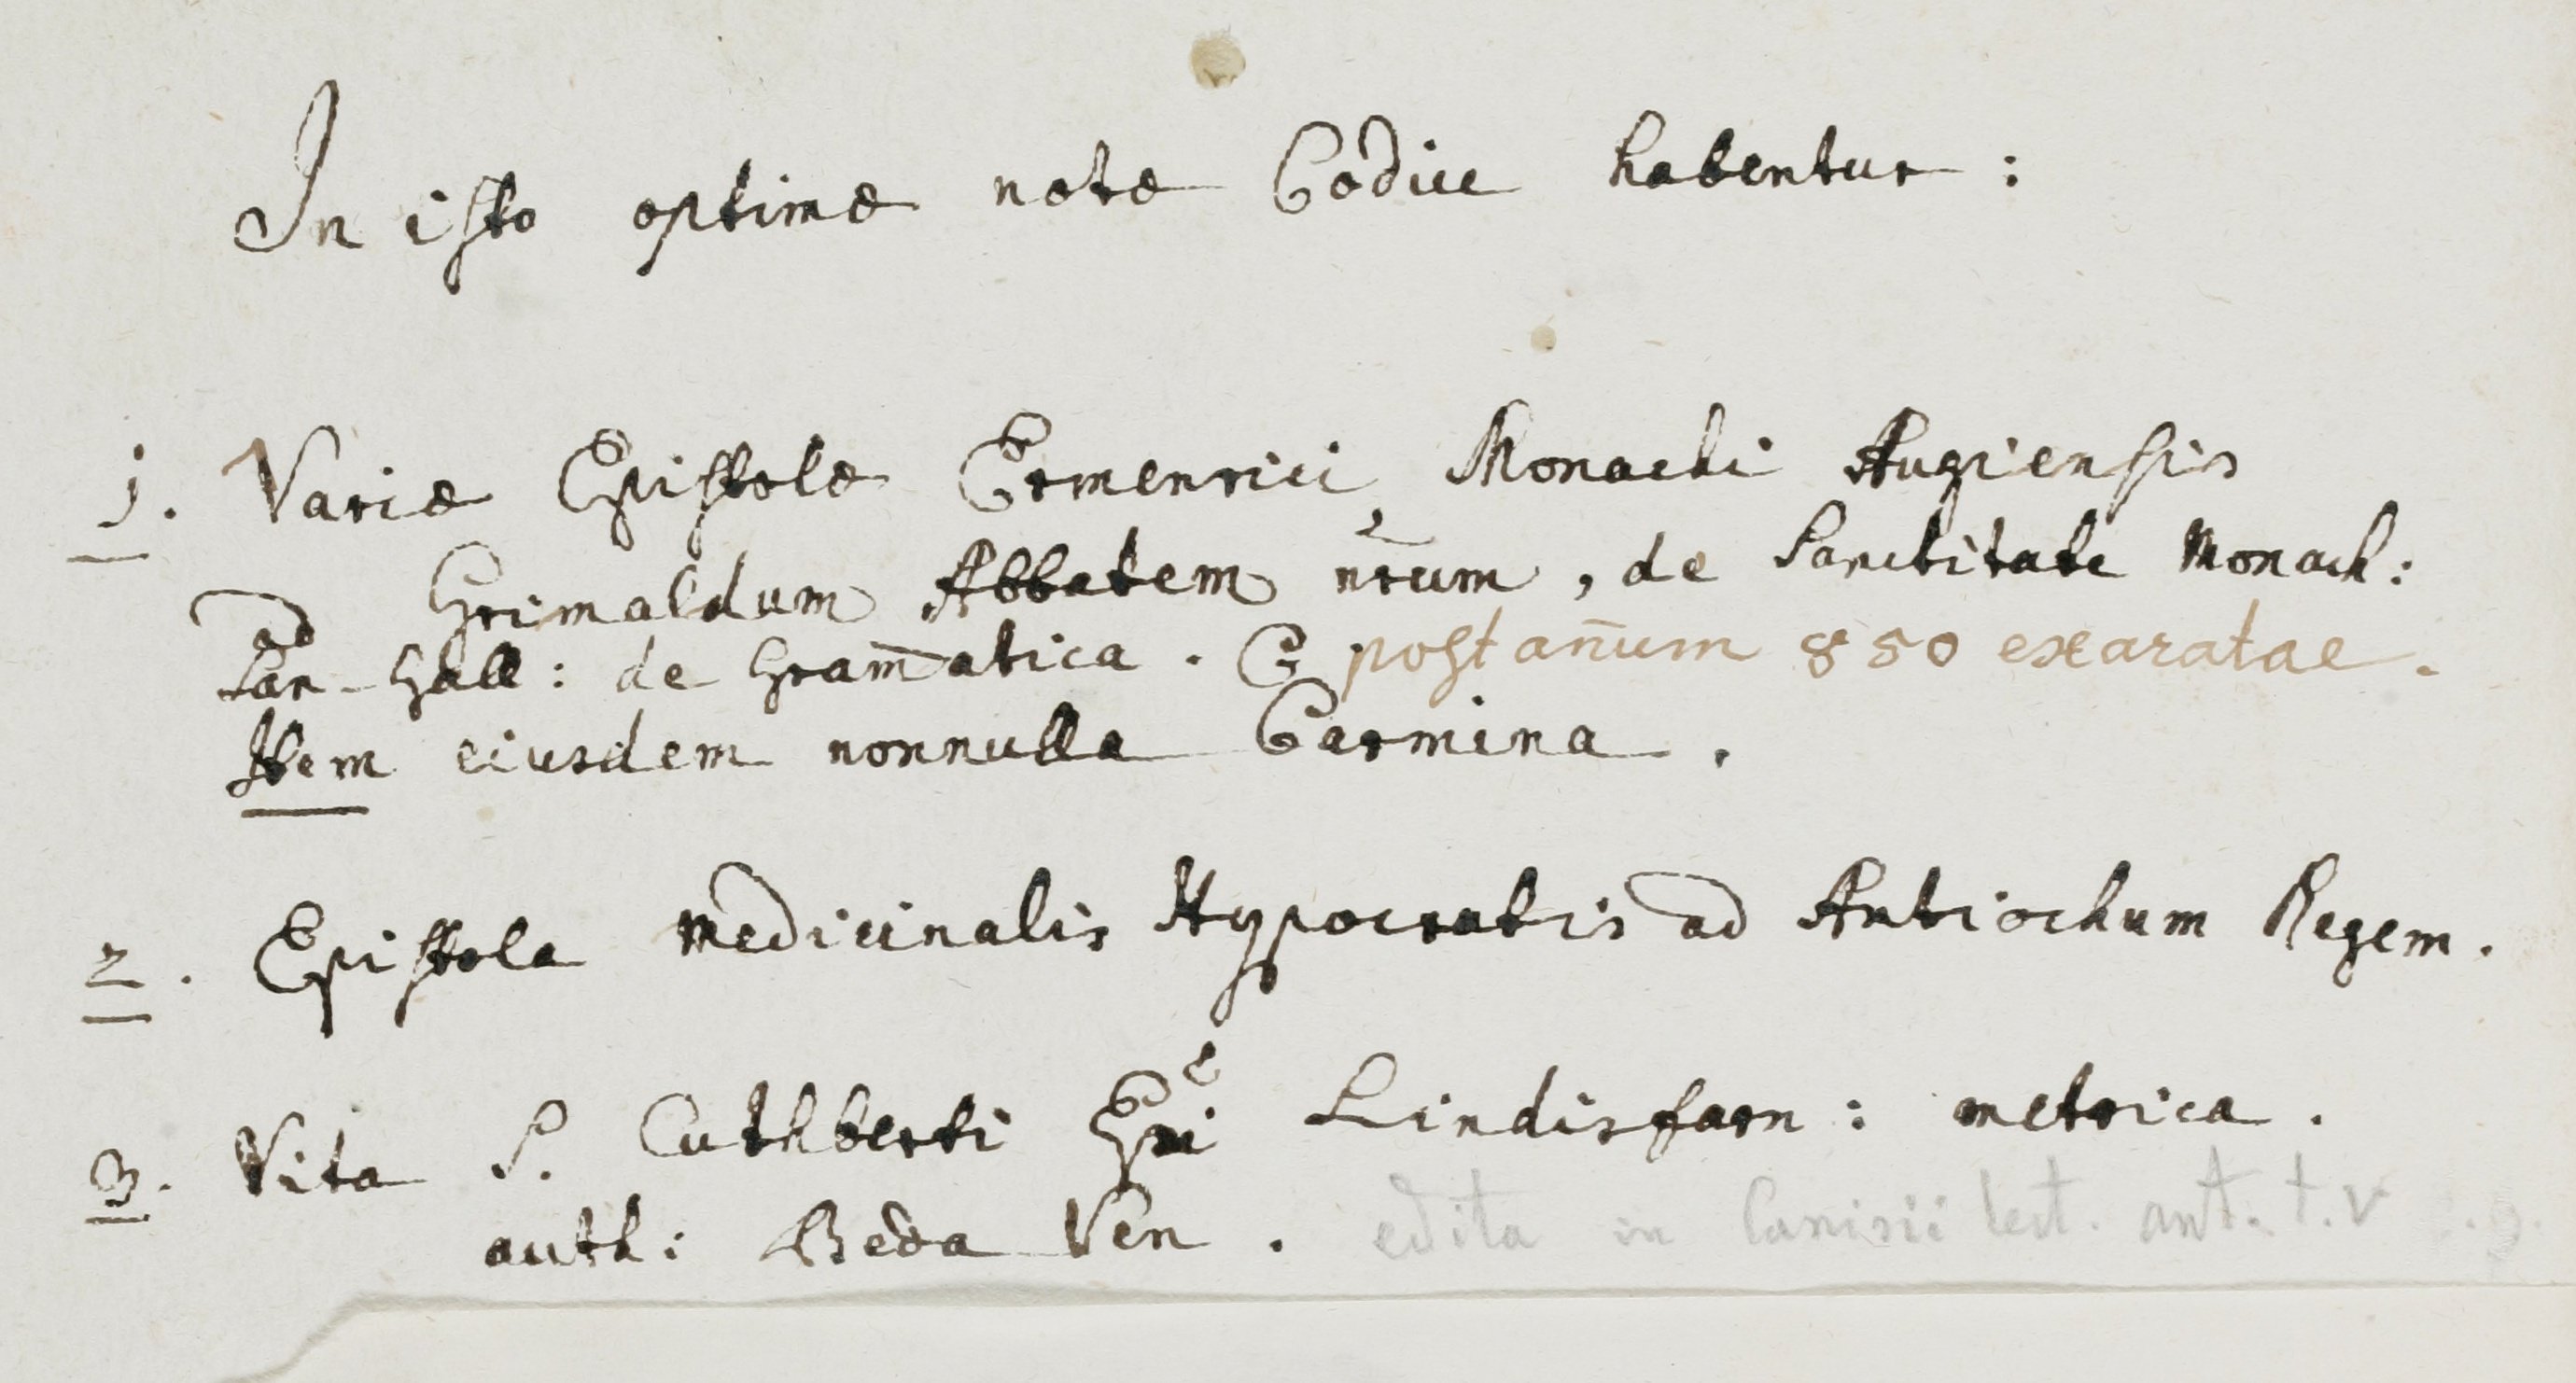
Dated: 900–999